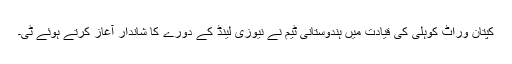
کپتان وراٹ کوہلی کی قیادت میں ہندوستانی ٹیم نے نیوزی لینڈ کے دورے کا شاندار آغاز کرتے ہوئے ٹی۔